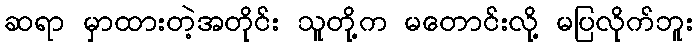
ဆရာ မှာထားတဲ့အတိုင်း သူတို့က မတောင်းလို့ မပြလိုက်ဘူး